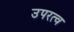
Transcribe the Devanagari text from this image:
उपरत्व